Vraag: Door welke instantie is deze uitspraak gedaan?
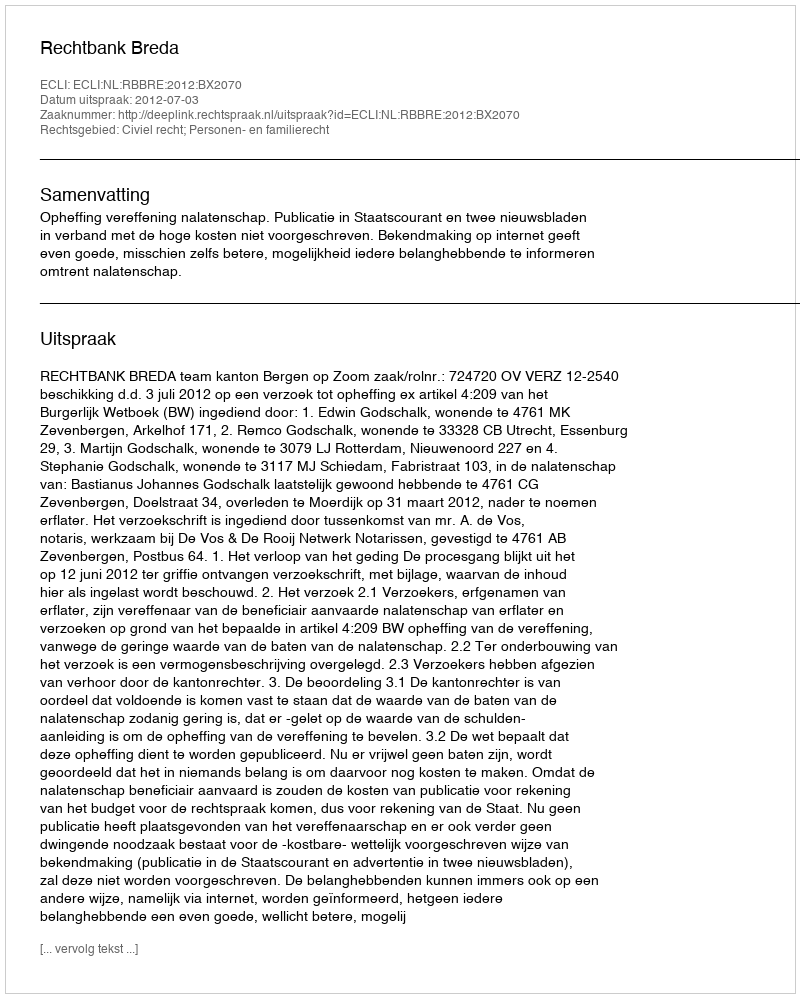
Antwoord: Rechtbank Breda